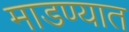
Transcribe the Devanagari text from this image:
माडण्यात